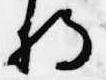
将